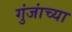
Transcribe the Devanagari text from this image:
गुंजांच्या